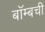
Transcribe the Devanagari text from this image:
बॉम्बची